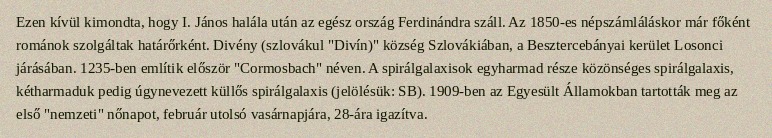
Ezen kívül kimondta, hogy I. János halála után az egész ország Ferdinándra száll. Az 1850-es népszámláláskor már főként románok szolgáltak határőrként. Divény (szlovákul "Divín)" község Szlovákiában, a Besztercebányai kerület Losonci járásában. 1235-ben említik először "Cormosbach" néven. A spirálgalaxisok egyharmad része közönséges spirálgalaxis, kétharmaduk pedig úgynevezett küllős spirálgalaxis (jelölésük: SB). 1909-ben az Egyesült Államokban tartották meg az első "nemzeti" nőnapot, február utolsó vasárnapjára, 28-ára igazítva.